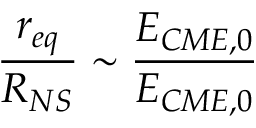
\frac { r _ { e q } } { R _ { N S } } \sim \frac { E _ { C M E , 0 } } { E _ { C M E , 0 } }